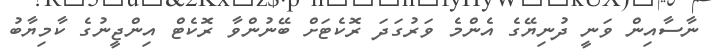
ނާސާއިން ވަނީ ދުނިޔޭގެ އެންމެ ވަރުގަދަ ރޮކެޓަށް ބޭނުންވާ ރޮކެޓް އިންޖީނުގެ ކާމިޔާބު